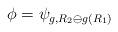
LaTeX: \begin{align*}\phi = \psi_{g, R_2 \ominus g(R_1)}\end{align*}